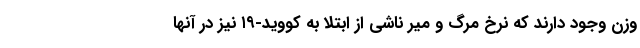
وزن وجود دارند که نرخ مرگ و میر ناشی از ابتلا به کووید-۱۹ نیز در آنها